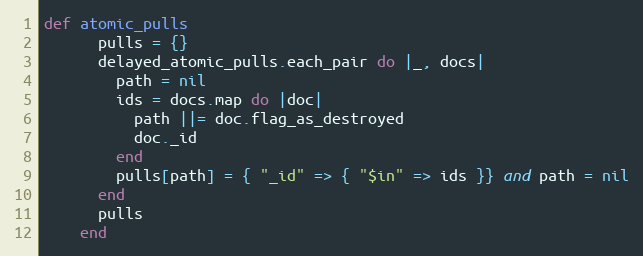
Language: Ruby
def atomic_pulls
      pulls = {}
      delayed_atomic_pulls.each_pair do |_, docs|
        path = nil
        ids = docs.map do |doc|
          path ||= doc.flag_as_destroyed
          doc._id
        end
        pulls[path] = { "_id" => { "$in" => ids }} and path = nil
      end
      pulls
    end